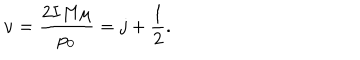
\nu = \frac { 2 I M \mu } { p _ { 0 } } = j + \frac { 1 } { 2 } .